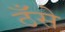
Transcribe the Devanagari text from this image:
ठँसे